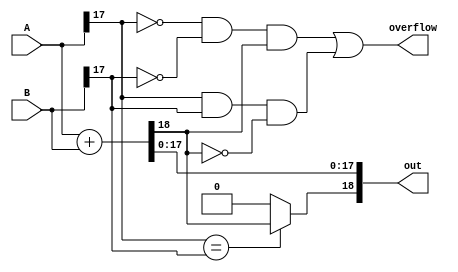
`timescale 1ns / 1ns
//////////////////////////////////////////////////////////////////////////////////
// Company:        San Diego State University
// 
// Design Name: 
// Module Name:    FPadder 
// Project Name: 
// Target Devices: 
// Tool versions: 
// Description: 
//
// Dependencies: 
//
// Revision: 
// Revision 0.01 - File Created
// Additional Comments: 
// This program is free software: you can redistribute it and/or modify
// it under the terms of the GNU General Public License as published by
// the Free Software Foundation, either version 3 of the License, or
// (at your option) any later version.
//
// This program is distributed in the hope that it will be useful,
// but WITHOUT ANY WARRANTY; without even the implied warranty of
// MERCHANTABILITY or FITNESS FOR A PARTICULAR PURPOSE.  See the
// GNU General Public License for more details.
//
// You should have received a copy of the GNU General Public License
// along with this program.  
// If not, see <https://www.gnu.org/licenses/>
//////////////////////////////////////////////////////////////////////////////////
`define X_trc1 (WIO>=2)?(WIO-2+bigger_Frac):bigger_Frac //starting address to terminate bits 

module FPadder #(parameter WI1 = 8, // integer part bitwidth for integer 1  
                           WF1 = 10,// fractional part bitwidth for integer 1
                           WI2 = 8, // integer part bitwidth for integer 2
                           WF2 = 10,// fractional part bitwidth for integer 2
                           WIO = 9, // integer part bitwidth for addition output (user input)
                           WFO = 10 // integer part bitwidth for addition outout (user input)
                       )
   (
    input signed [WI1+WF1-1 : 0] A,             //input A
    input signed [WI2+WF2-1 : 0] B,             //input B
    output overflow,                            // overflow flag       
    output signed  [WIO+WFO-1 : 0] out          // addition output
    );

parameter  bigger_int = ((WI1>=WI2))?WI1:WI2;               // bigger integer part among the two numbers is taken
parameter bigger_Frac = ((WF1>=WF2))?WF1:WF2;               // bigger integer part among the two numbers is taken

wire   [bigger_int+bigger_Frac : 0] tempout;               // output without truncation  

reg sign;  

reg    [(WI1+WF1-1):WF1] A_I;                               // integer part of A
reg    [(WF1-1):0] A_F;                                     // Fractional part of A
reg    [(WI2+WF2-1):WF2] B_I;                               // integer part of B                        
reg    [(WF2-1):0] B_F;                                     // Fractional part of A 
 
reg    [(bigger_int+bigger_Frac-1):bigger_Frac] tempA_I;  // bitwidth adjusted integer part of A   
reg    [(bigger_Frac-1):0] tempA_F;                       // bitwidth adjusted fractional part of A                       
reg    [(bigger_int+bigger_Frac-1):bigger_Frac] tempB_I;  // bitwidth adjusted integer part of B                               
reg    [(bigger_Frac-1):0] tempB_F;                       // bitwidth adjusted integer part of B 

reg   [bigger_int+bigger_Frac-1 : 0] tempA;             // bitwidth adjusted input A
reg   [bigger_int+bigger_Frac-1 : 0] tempB;             // bitwidth adjusted input B
                                           
reg    [WIO-1 : 0] outI;                                      //truncated output integer bits 
reg    [WFO-1 : 0] outF;                                      //truncated output fraction bits

reg    [(bigger_int+bigger_Frac):WIO+bigger_Frac] checkbits;    // truncated bits  of integer part from output
reg  [(bigger_int+bigger_Frac):WIO+bigger_Frac] threshold;      // replicated sign bit extension to find overflow 
reg overflowT;                                                // overflow due to truncation 

//----------------separating Integer Parts and Fractional parts of numbers----------------------------//  
always @* begin
A_I = A[(WI1+WF1-1):WF1];
A_F = A[(WF1-1):0];
B_I = B[(WI2+WF2-1):WF2];
B_F = B[(WF2-1):0];
end
//---------------------------Sign extension for integer part-----------------------------------------// 
always @* begin
  if (WI1 > WI2) begin                                  
    tempB_I = {{(WI1-WI2){B_I[WI2+WF2-1]}},B_I};
    tempA_I = A_I;
  end
  else begin
    tempA_I = {{(WI2-WI1){A_I[WI2+WF2-1]}},A_I};
    tempB_I = B_I;
  end
end

//-----------------------------Zero padding for fractional part---------------------------------------//  
always @* begin
  if (WF1 > WF2) begin
    tempB_F = {B_F,{(WF1-WF2){1'b0}}};
    tempA_F = A_F;
  end
  else begin
    tempA_F = {A_F,{(WF2-WF1){1'b0}}};
    tempB_F = B_F;
  end
 end  
 
//--------------------------------------------Addition------------------------------------------------//
 always @* begin
 tempA = {tempA_I,tempA_F};
 tempB = {tempB_I,tempB_F};
 end
assign tempout = tempA + tempB;

always @ * begin
if ((A[WI1+WF1-1] == B[WI2+WF2-1]))
 sign = tempout[bigger_int+bigger_Frac];
else
 sign = 0;
end

//------------------------------------------truncation-------------------------------------------------//
//---------------------------------adjusting bitwidth of fractional part-------------------------------//
always @* begin
  if (WFO >= bigger_Frac)begin
    outF = {tempout[bigger_Frac-1:0],{(WFO-bigger_Frac){1'b0}}};
  end
  else begin
    outF = tempout[(bigger_Frac-1):(bigger_Frac-WFO)];
  end
end
//---------------------adjusting bitwidth of Integer part and check if overflow occurs-----------------//
// If overflow occurs indicate by making overflow flag = 1
assign overflow = (~tempA[bigger_int+bigger_Frac-1] & ~tempB[bigger_int+bigger_Frac-1] & tempout[bigger_int+bigger_Frac] |
                  tempA[bigger_int+bigger_Frac-1] & tempB[bigger_int+bigger_Frac-1] & ~tempout[bigger_int+bigger_Frac] | overflowT);
always @* begin
  if (WIO >= (bigger_int)+1)begin
    outI = {{(WIO-bigger_int){sign}},tempout[(bigger_int+bigger_Frac-1):bigger_Frac]};
    overflowT = 1'b0;
    checkbits = 0;
    threshold = 0;
     
  end
  else begin
    if (WIO == 1)begin
      outI = sign;
      checkbits = tempout[(bigger_int+bigger_Frac-1):bigger_Frac];
      //checkbits are the bits truncated from the integer part of the output
      threshold = {((bigger_int+1)-WIO){tempout[bigger_int+bigger_Frac]}};
      //threshold are the number of bits truncated times sign bit of output 
      overflowT = 1'b0;
      if (checkbits == threshold)
      overflowT = 1'b0;
      else
      overflowT = 1'b1;
    end  
    else begin
      outI = {sign,tempout[`X_trc1:bigger_Frac]};
       checkbits = tempout[(bigger_int+bigger_Frac-1):bigger_Frac];
      //checkbits are the bits truncated from the integer part of the output
      threshold = {((bigger_int+1)-WIO){tempout[bigger_int+bigger_Frac]}};
      //threshold are the number of bits truncated times sign bit of output 
      overflowT = 1'b0;
      if (checkbits == threshold)
      overflowT = 1'b0;
      else
      overflowT = 1'b1;
    end
  end
end

assign out ={outI,outF};

endmodule